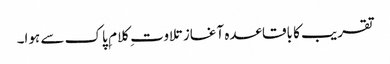
تقریب کا باقاعدہ آغاز تلاوت ِ کلام ِ پاک سے ہوا۔